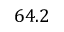
6 4 . 2